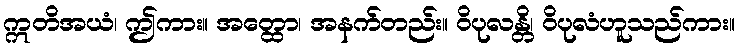
ဣတိအယံ၊ ဤကား။ အတ္ထော၊ အနက်တည်း။ ဝိပုလန္တိ၊ ဝိပုလံဟူသည်ကား။